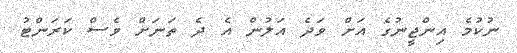
ނުކުމެ އިންޖީނުގެ އަށް ވަދެ އަލުން އެ ދެ ތަނަށް ވެސް ކަރަންޓު